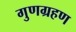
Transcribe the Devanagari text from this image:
गुणग्रहण